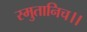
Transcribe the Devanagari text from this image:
स्मुतानिच।।